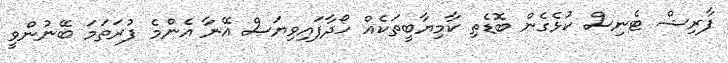
ފާރިޝް ޓެނިސް ކުޅެގެން ބޮޑެތި ކާމިޔާބީތަކެއް ހޯދާފައިވިޔަސް އޭނާ އެންމެ ފުރަތަމަ ބޭނުންވީ